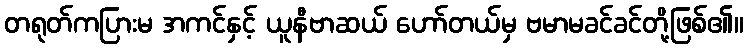
တရုတ်ကပြားမ အကင်နှင့် ယူနီဗာဆယ် ဟော်တယ်မှ ဗမာမခင်ခင်တို့ဖြစ်၏။